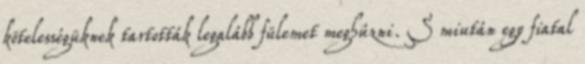
kötelességüknek tartották legalább fülemet meghúzni. S miután egy fiatal